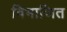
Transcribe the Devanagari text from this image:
विभाजित